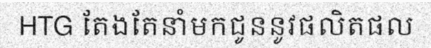
HTG តែងតែនាំមកជូននូវផលិតផល